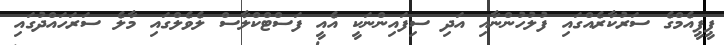
ޕީޕީއެމްގެ ސަރުކާރެއްގައި ފުލުހުންނާއި އަދި ސިފައިންނަކީ އެއީ ފަަސްޓްކްލާސް ލެވެލްގައި މާލެ ސަރަހައްދުގައި